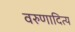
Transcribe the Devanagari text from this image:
वरुणादित्य